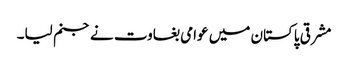
مشرقی پاکستان میں عوامی بغاوت نے جنم لیا۔